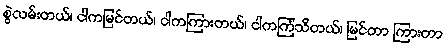
စွဲလမ်းတယ်၊ ငါကမြင်တယ်၊ ငါကကြားတယ်၊ ငါကကြံသိတယ်၊ မြင်တာ ကြားတာ